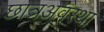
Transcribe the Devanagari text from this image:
छात्रअवस्था